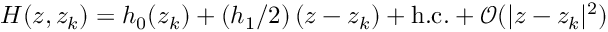
H ( z , z _ { k } ) = h _ { 0 } ( z _ { k } ) + ( h _ { 1 } / 2 ) \, ( z - z _ { k } ) + \mathrm { h . c . } + { \mathcal O } ( | z - z _ { k } | ^ { 2 } )